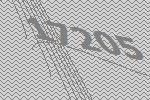
17205